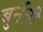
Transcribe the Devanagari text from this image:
बुर्नेती